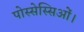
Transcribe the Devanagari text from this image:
पोस्सेस्सिओं।